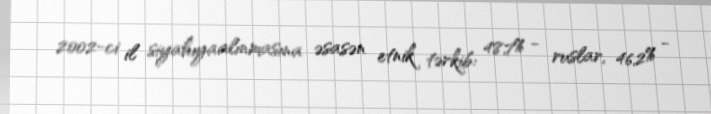
2002-ci il siyahıyaalınmasına əsasən etnik tərkib: 48,7% - ruslar, 46,2% -